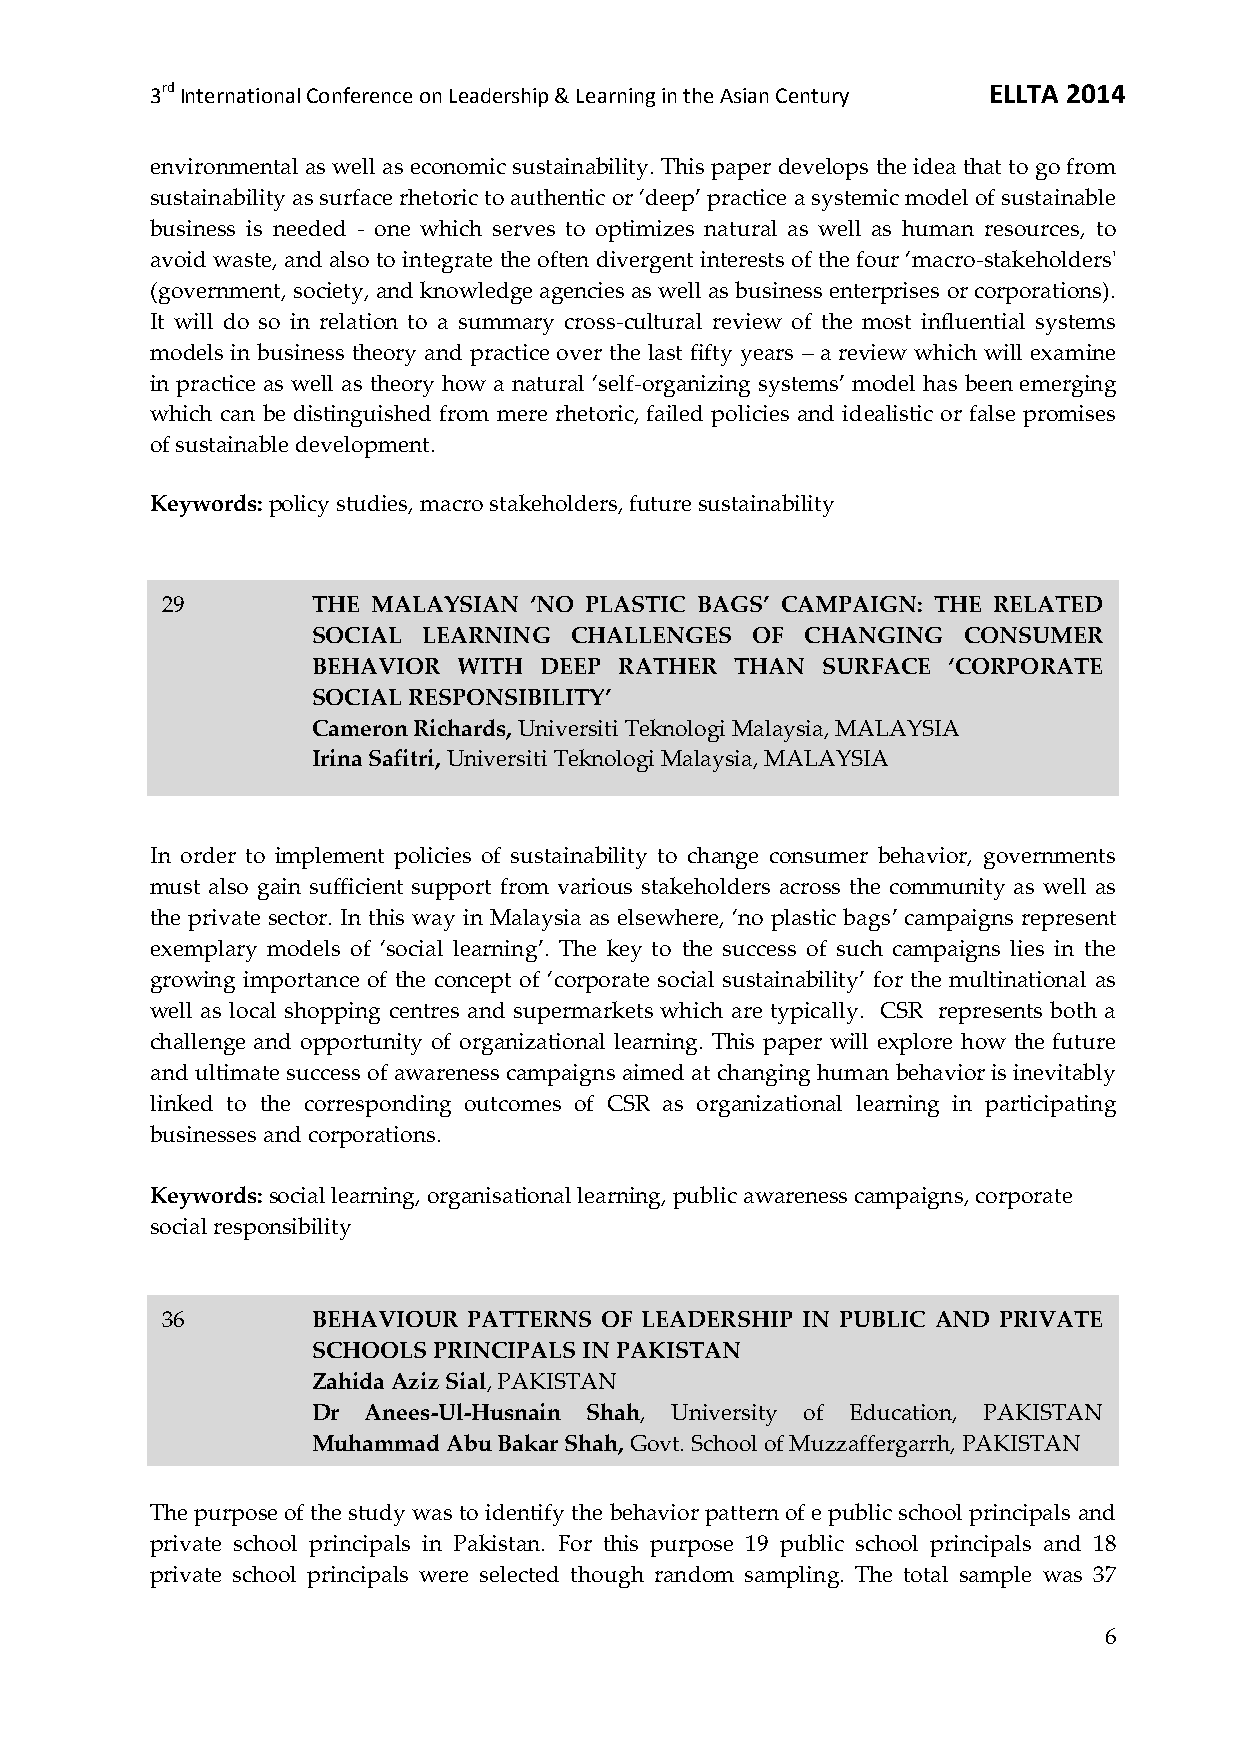
3rd International Conference on Leadership & Learning in the Asian Century ELLTA 2014
 environmental as well as economic sustainability. This paper develops the idea that to go from
 sustainability as surface rhetoric to authentic or ‘deep’ practice a systemic model of sustainable
 business is needed - one which serves to optimizes natural as well as human resources, to
 avoid waste, and also to integrate the often divergent interests of the four ‘macro-stakeholders'
 (government, society, and knowledge agencies as well as business enterprises or corporations).
 It will do so in relation to a summary cross-cultural review of the most influential systems
 models in business theory and practice over the last fifty years – a review which will examine
 in practice as well as theory how a natural ‘self-organizing systems’ model has been emerging
 which can be distinguished from mere rhetoric, failed policies and idealistic or false promises
 of sustainable development.
 Keywords: policy studies, macro stakeholders, future sustainability
 29        THE MALAYSIAN ‘NO PLASTIC BAGS’ CAMPAIGN: THE RELATED
 SOCIAL LEARNING  CHALLENGES  OF CHANGING   CONSUMER
 BEHAVIOR WITH  DEEP RATHER  THAN SURFACE  ‘CORPORATE
 SOCIAL RESPONSIBILITY’
 Cameron Richards, Universiti Teknologi Malaysia, MALAYSIA
 Irina Safitri, Universiti Teknologi Malaysia, MALAYSIA
 In order to implement policies of sustainability to change consumer behavior, governments
 must also gain sufficient support from various stakeholders across the community as well as
 the private sector. In this way in Malaysia as elsewhere, ‘no plastic bags’ campaigns represent
 exemplary models of ‘social learning’. The key to the success of such campaigns lies in the
 growing importance of the concept of ‘corporate social sustainability’ for the multinational as
 well as local shopping centres and supermarkets which are typically. CSR represents both a
 challenge and opportunity of organizational learning. This paper will explore how the future
 and ultimate success of awareness campaigns aimed at changing human behavior is inevitably
 linked to the corresponding outcomes of CSR as organizational learning in participating
 businesses and corporations.
 Keywords: social learning, organisational learning, public awareness campaigns, corporate
 social responsibility
 36        BEHAVIOUR PATTERNS OF LEADERSHIP IN PUBLIC AND PRIVATE
 SCHOOLS PRINCIPALS IN PAKISTAN
 Zahida Aziz Sial, PAKISTAN
 Dr Anees-Ul-Husnain Shah, University of Education, PAKISTAN
 Muhammad Abu Bakar Shah, Govt. School of Muzzaffergarrh, PAKISTAN
 The purpose of the study was to identify the behavior pattern of e public school principals and
 private school principals in Pakistan. For this purpose 19 public school principals and 18
 private school principals were selected though random sampling. The total sample was 37
 6